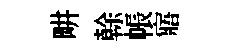
畊𠏉帳寤